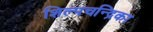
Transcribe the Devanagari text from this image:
शिल्पचन्द्रिका